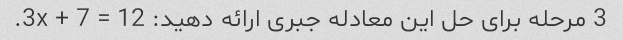
3 مرحله برای حل این معادله جبری ارائه دهید: 3x + 7 = 12.